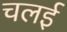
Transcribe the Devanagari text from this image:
चलई